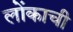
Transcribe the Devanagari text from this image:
लोंकाची